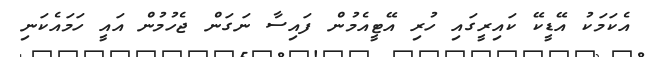
އެކަމަކު އޭޑީކޭ ކައިރީގައި ހުރި އޭޓީއެމުން ފައިސާ ނަގަން ޖެހުމުން އައީ ހަމައެކަނި